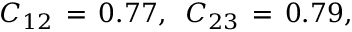
C _ { 1 2 } \, = \, 0 . 7 7 , \; \; C _ { 2 3 } \, = \, 0 . 7 9 ,